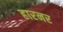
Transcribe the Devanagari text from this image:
हारनर